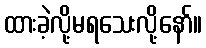
ထားခဲ့လို့မရသေးလို့နော်။